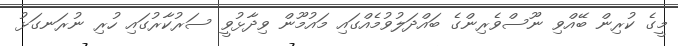
މީގެ ކުރިން ބޭއްވި ނޫސްވެރިންގެ ބައްދަލުވުމެއްގައި މައުމޫން ވިދާޅުވީ ސަރުކާރުގައި ހުރި ނުރަނގަޅު